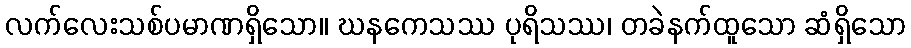
လက်လေးသစ်ပမာဏရှိသော။ ဃနကေသဿ ပုရိသဿ၊ တခဲနက်ထူသော ဆံရှိသော